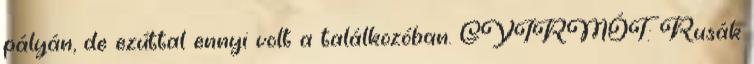
pályán, de ezúttal ennyi volt a találkozóban. GYIRMÓT: Rusák